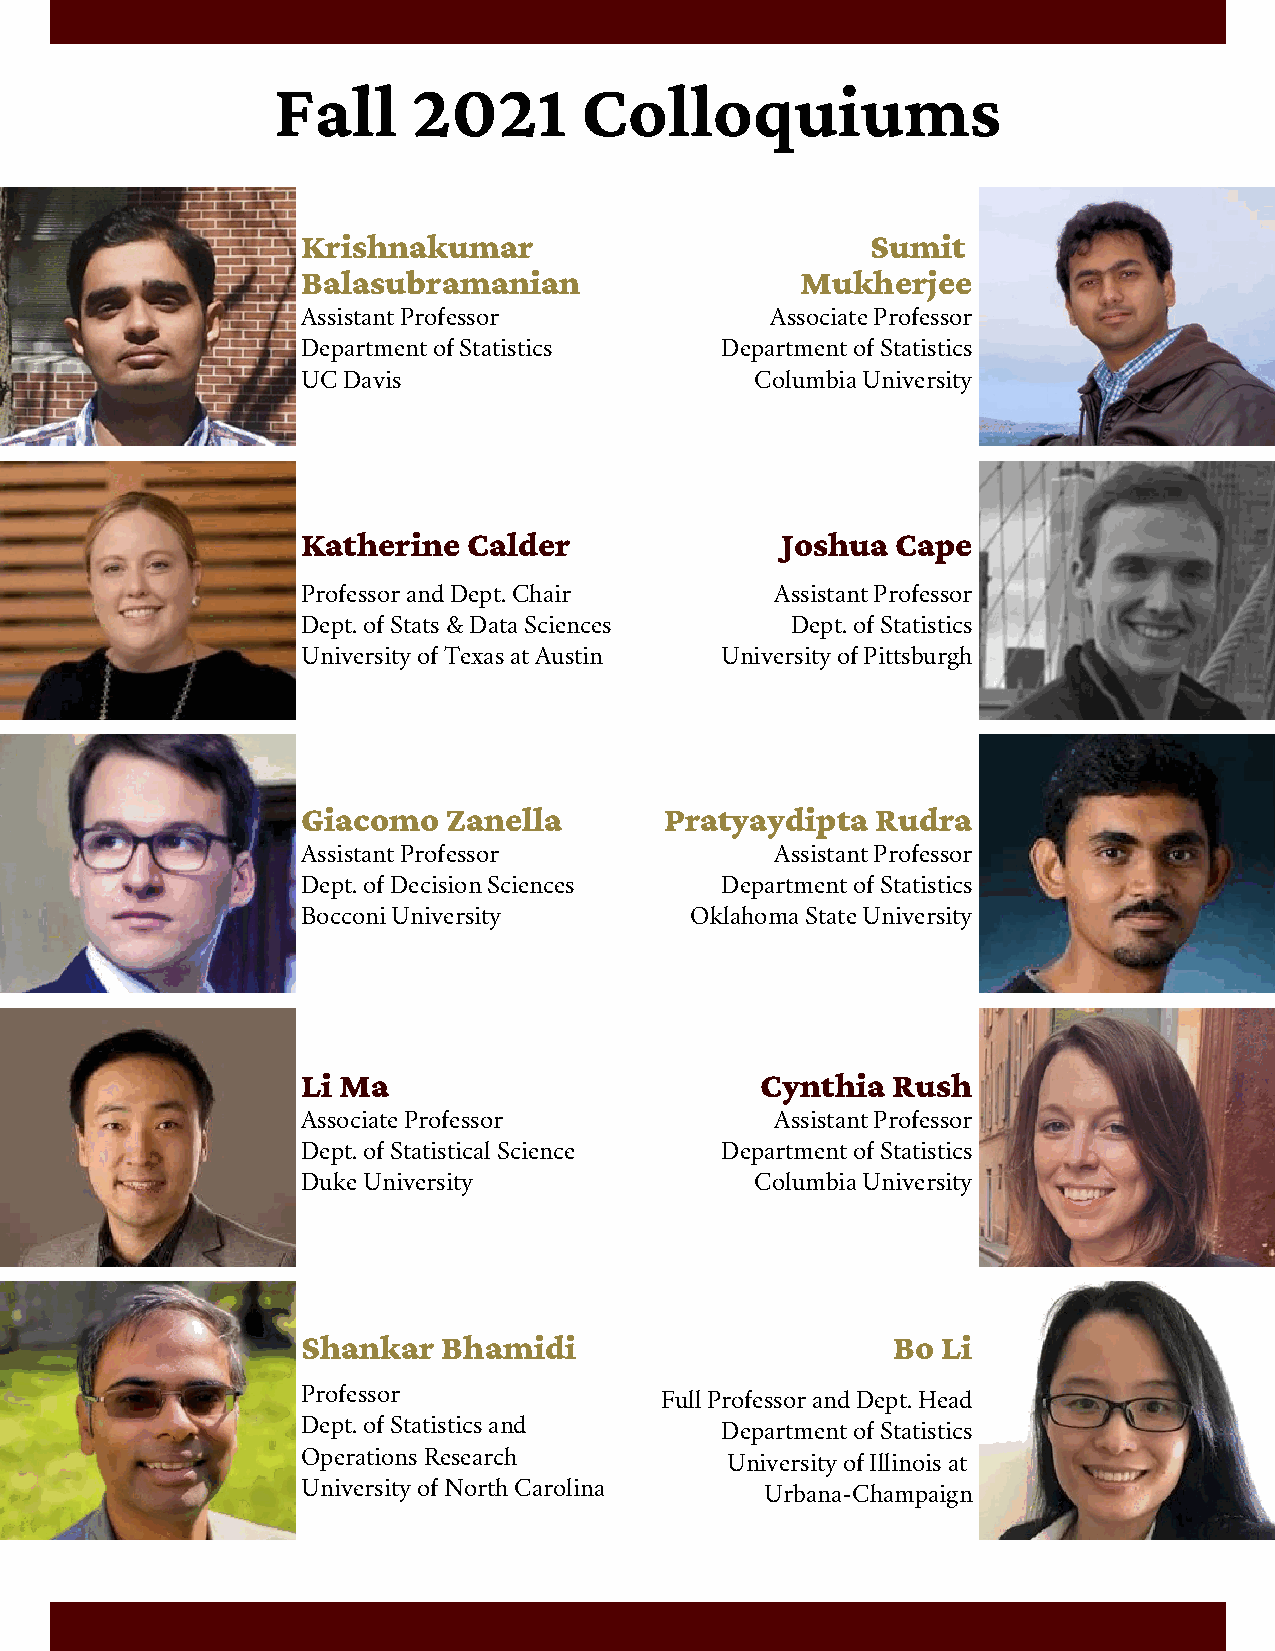
Fall     2021       Colloquiums
 Krishnakumar                          Sumit
 Balasubramanian                  Mukherjee
 Assistant Professor            Associate Professor
 Department of Statistics    Department of Statistics
 UC Davis                      Columbia University
 Katherine  Calder               Joshua Cape
 Professor and Dept. Chair      Assistant Professor
 Dept. of Stats & Data Sciences  Dept. of Statistics
 University of Texas at Austin University of Pittsburgh
 08
 Giacomo   Zanella       Pratyaydipta  Rudra
 Assistant Professor            Assistant Professor
 Dept. of Decision Sciences  Department of Statistics
 Bocconi University        Oklahoma State University
 17
 Li Ma                         Cynthia  Rush
 Associate Professor            Assistant Professor
 Dept. of Statistical Science Department of Statistics
 Duke University               Columbia University
 24
 Shankar  Bhamidi                       Bo Li
 Professor               Full Professor and Dept. Head
 Dept. of Statistics and     Department of Statistics
 Operations Research 28      University of Illinois at
 University of North Carolina   Urbana-Champaign